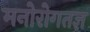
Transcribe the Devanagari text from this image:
मनोरोगतज्ञ